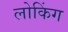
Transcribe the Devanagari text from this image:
लोकिंग